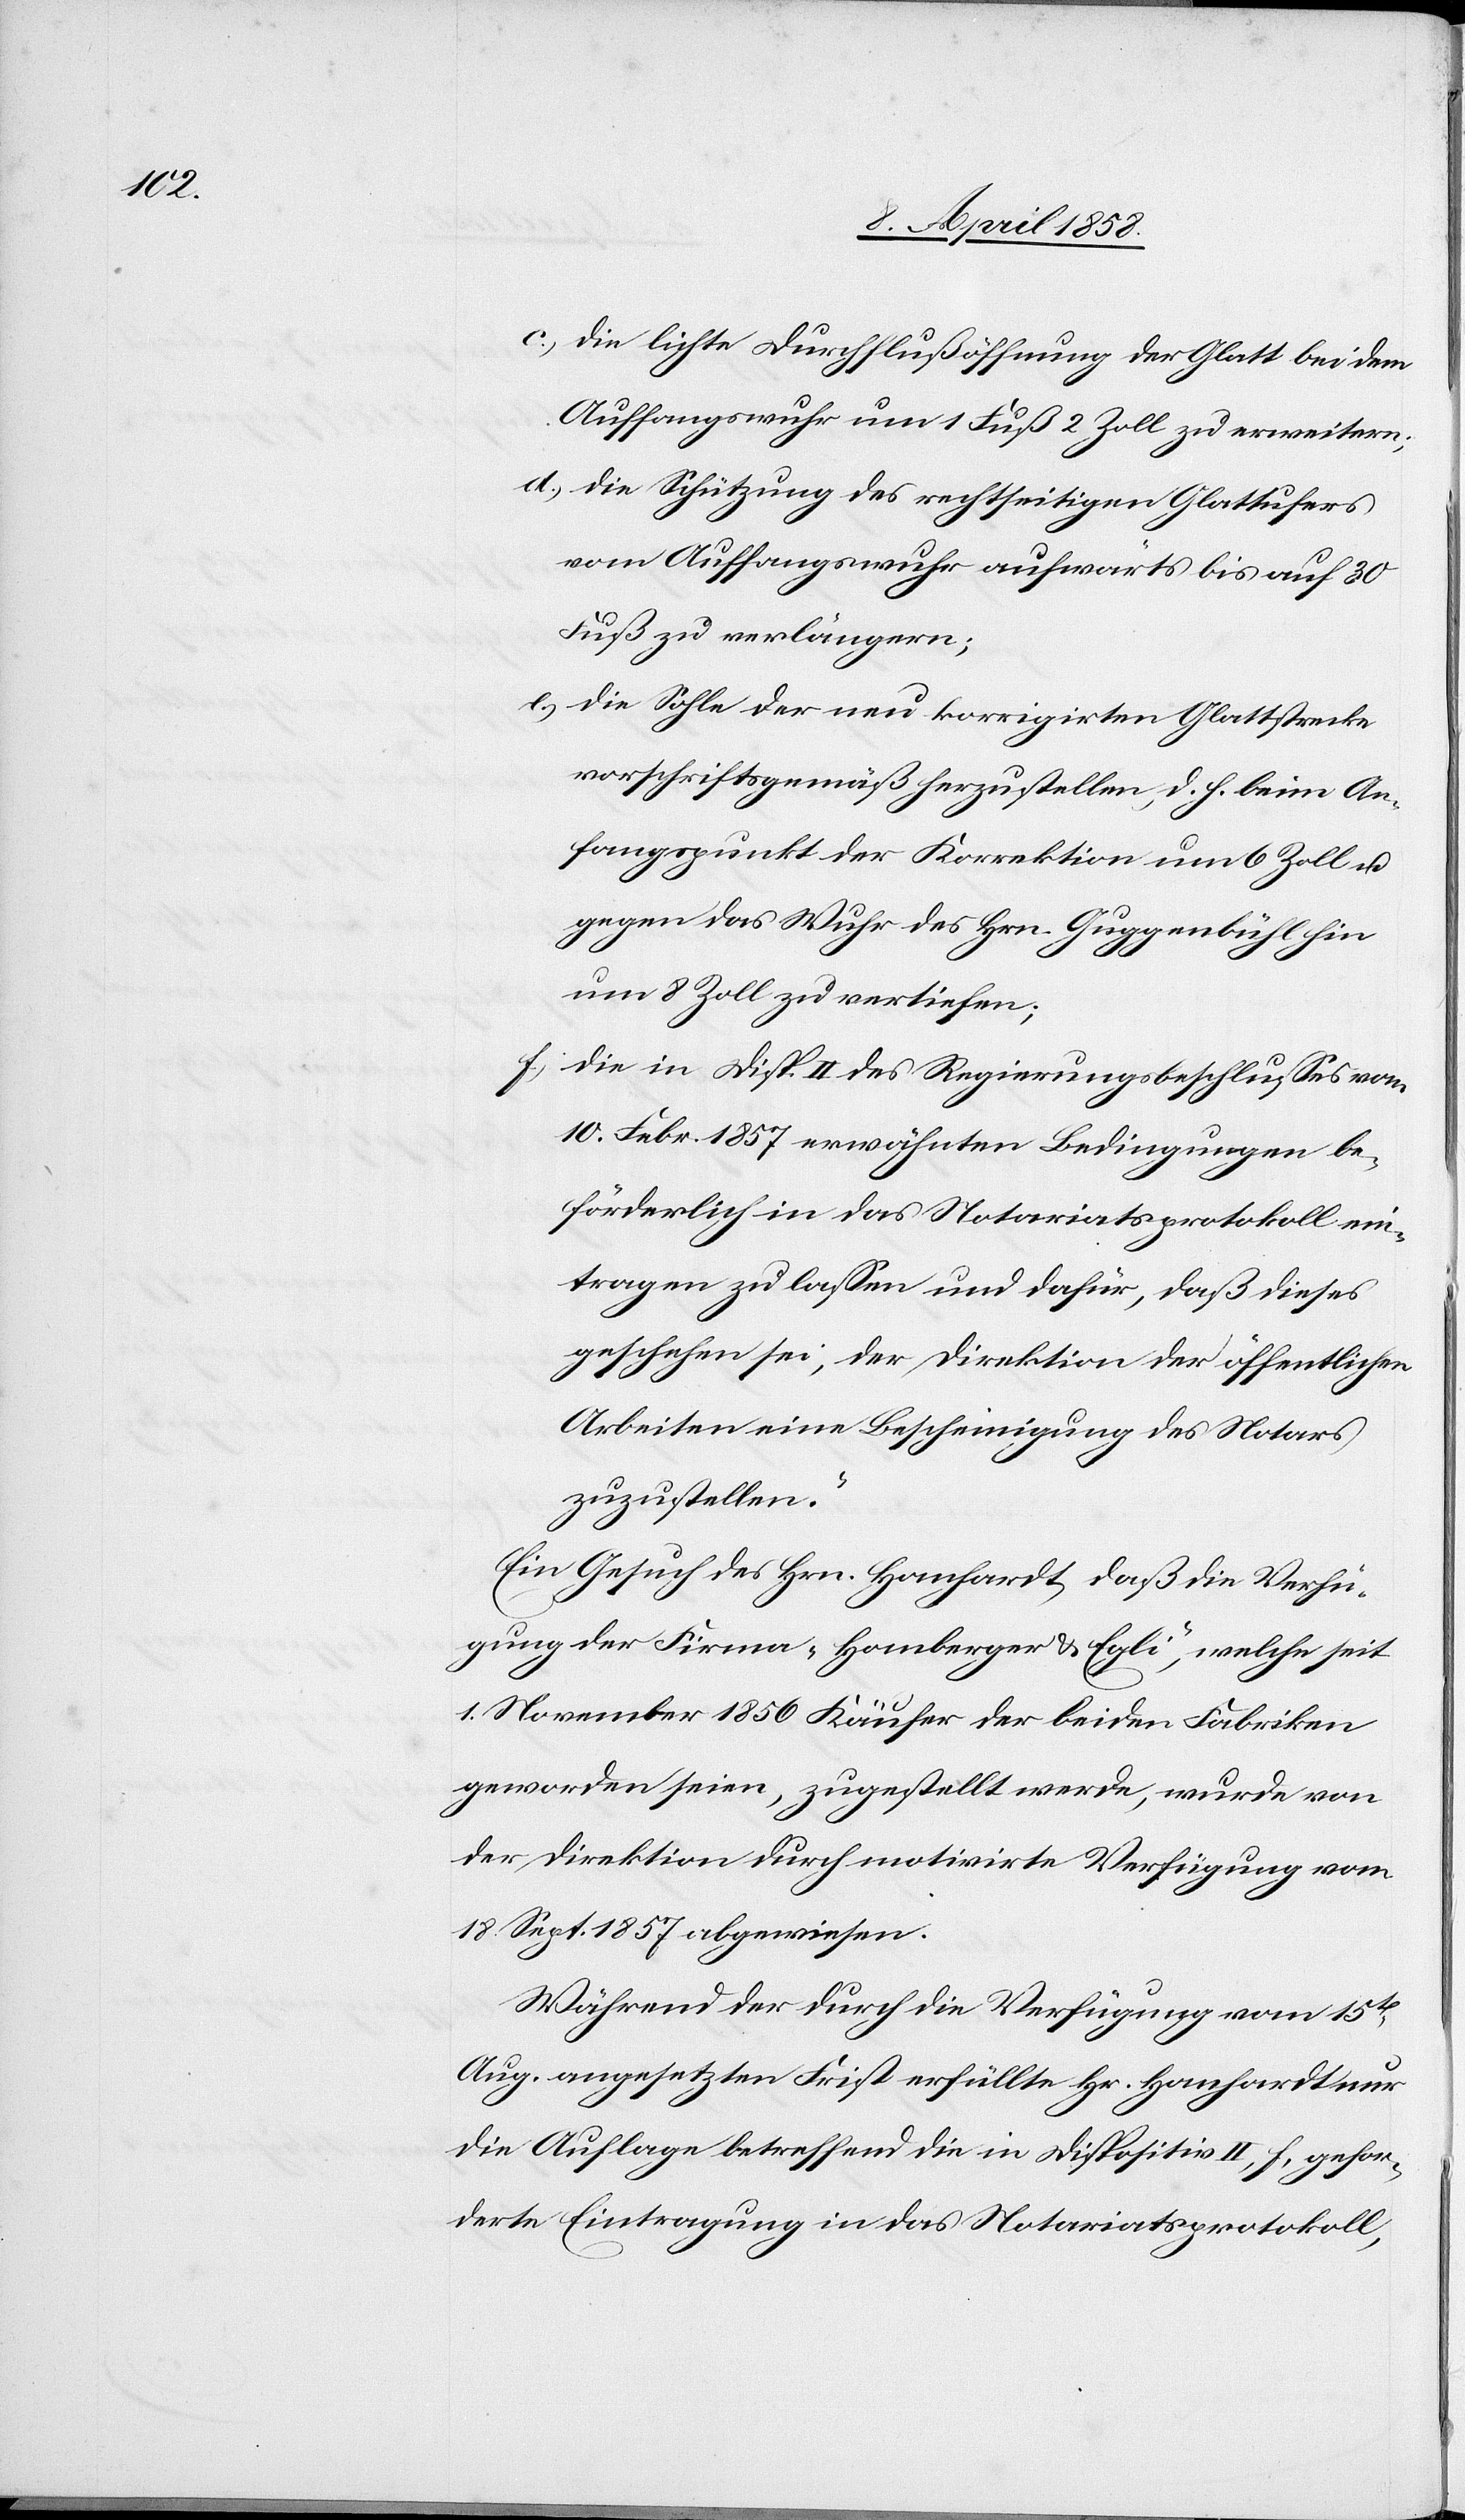
c) die lichte Durchflußöffnung der Glatt bei dem
Auffangswuhr um 1 Fuß 2 Zoll zu erweitern;
d) die Schützung des rechtseitigen Glattufers
vom Auffangswuhr aufwärts bis auf 30
Fuß zu verlängern.
e) Die Sohle der neu korrigirten Glattstrecke
vorschriftsgemäß herzustellen, d. h. beim An¬
fangspunkt der Korrektion um 6 Zoll u.
gegen das Wuhr des Hrn. Guggenbühl hin
um 8 Zoll zu vertiefen.
f) die in Disp. II des Regierungsbeschlusses vom
10. Febr. 1857 erwähnten Bedingungen be¬
förderlich in das Notariatsprotokoll ein¬
tragen zu lassen und dafür, daß dieses
geschehen sei, der Direktion der öffentlichen
Arbeiten eine Bescheinigung des Notars
zuzustellen.’
Ein Gesuch des Hrn. Hanhardt, daß die Verfü¬
gung der Firma „Homberger & Egli“, welche seit
1. November 1856 Käufer der beiden Fabriken
geworden seien, zugestellt werde, wurde von
der Direktion durch motivirte Verfügung vom
18. Sept. 1857 abgewiesen.
Während der durch die Verfügung vom 15t[en]
Aug. angesetzten Frist erfüllte Hr. Hanhardt nur
die Auflage betreffend die in Dispositiv II, f, gefor¬
derte Eintragung in das Notariatsprotokoll,